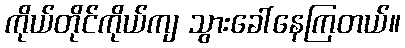
ကိုယ်တိုင်ကိုယ်ကျ သွားခေါ်နေကြတယ်။